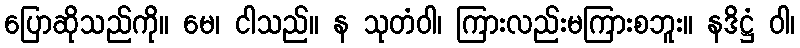
ပြောဆိုသည်ကို။ မေ၊ ငါသည်။ န သုတံဝါ၊ ကြားလည်းမကြားစဘူး။ နဒိဋ္ဌံ ဝါ၊